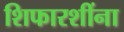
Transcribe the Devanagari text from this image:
शिफारशींना